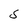
Character: S